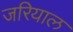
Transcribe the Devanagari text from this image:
जरियाल